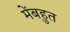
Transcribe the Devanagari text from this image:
मेंबहुत